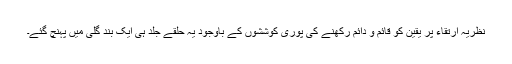
نظریہ ارتقاء پر یقین کو قائم و دائم رکھنے کی پوری کوششوں کے باوجود یہ حلقے جلد ہی ایک بند گلی میں پہنچ گئے۔